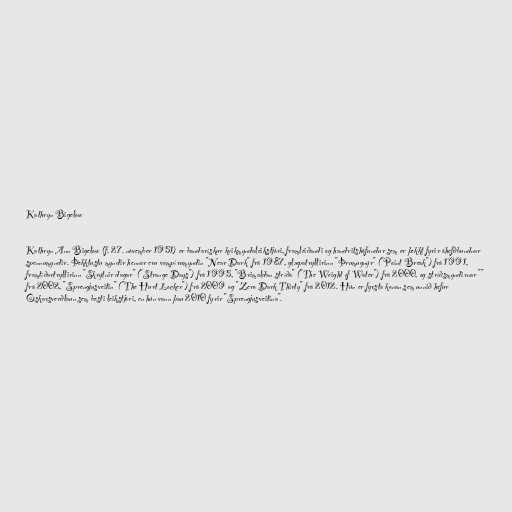
Kathryn Bigelow

Kathryn Ann Bigelow (f. 27. nóvember 1951) er bandarískur kvikmyndaleikstjóri, framleiðandi og handritshöfundur sem er þekkt fyrir óhefðbundnar
spennumyndir. Þekktustu myndir hennar eru vampírumyndin "Near Dark" frá 1987, glæpatryllirinn "Þrumugnýr" ("Point Break") frá 1991,
framtíðartryllirinn "Skrýtnir dagar" ("Strange Days") frá 1995, "Brimaldan stríða" ("The Weight of Water") frá 2000, og stríðsmyndirnar ""
frá 2002, "Sprengjusveitin" ("The Hurt Locker") frá 2009 og "Zero Dark Thirty" frá 2012. Hún er fyrsta konan sem unnið hefur
Óskarsverðlaun sem besti leikstjóri, en hún vann þau 2010 fyrir "Sprengjusveitina".